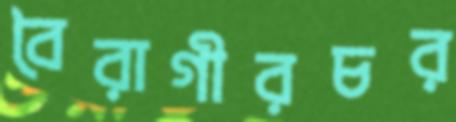
বৈরাগীরচর